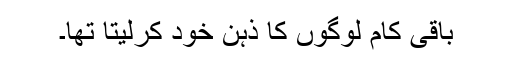
باقی کام لوگوں کا ذہن خود کرلیتا تھا۔